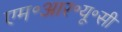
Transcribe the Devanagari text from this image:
एम॰आर॰यू॰सी